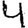
Digit: 4